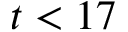
t < 1 7